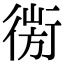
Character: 𢕅